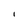
Character: I